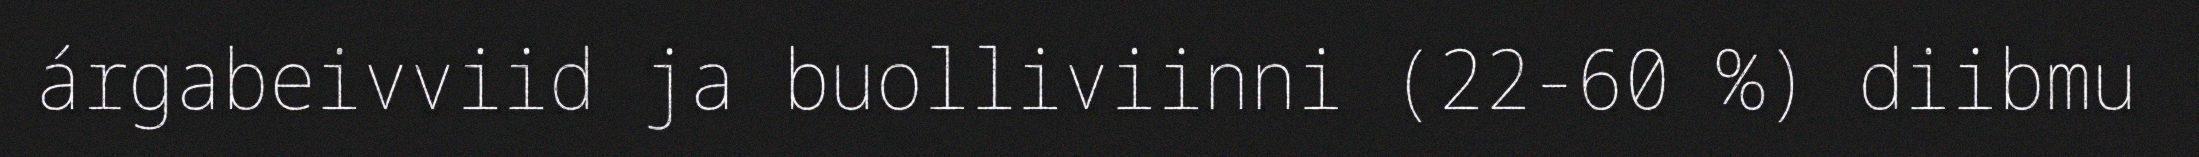
árgabeivviid ja buolliviinni (22-60 %) diibmu